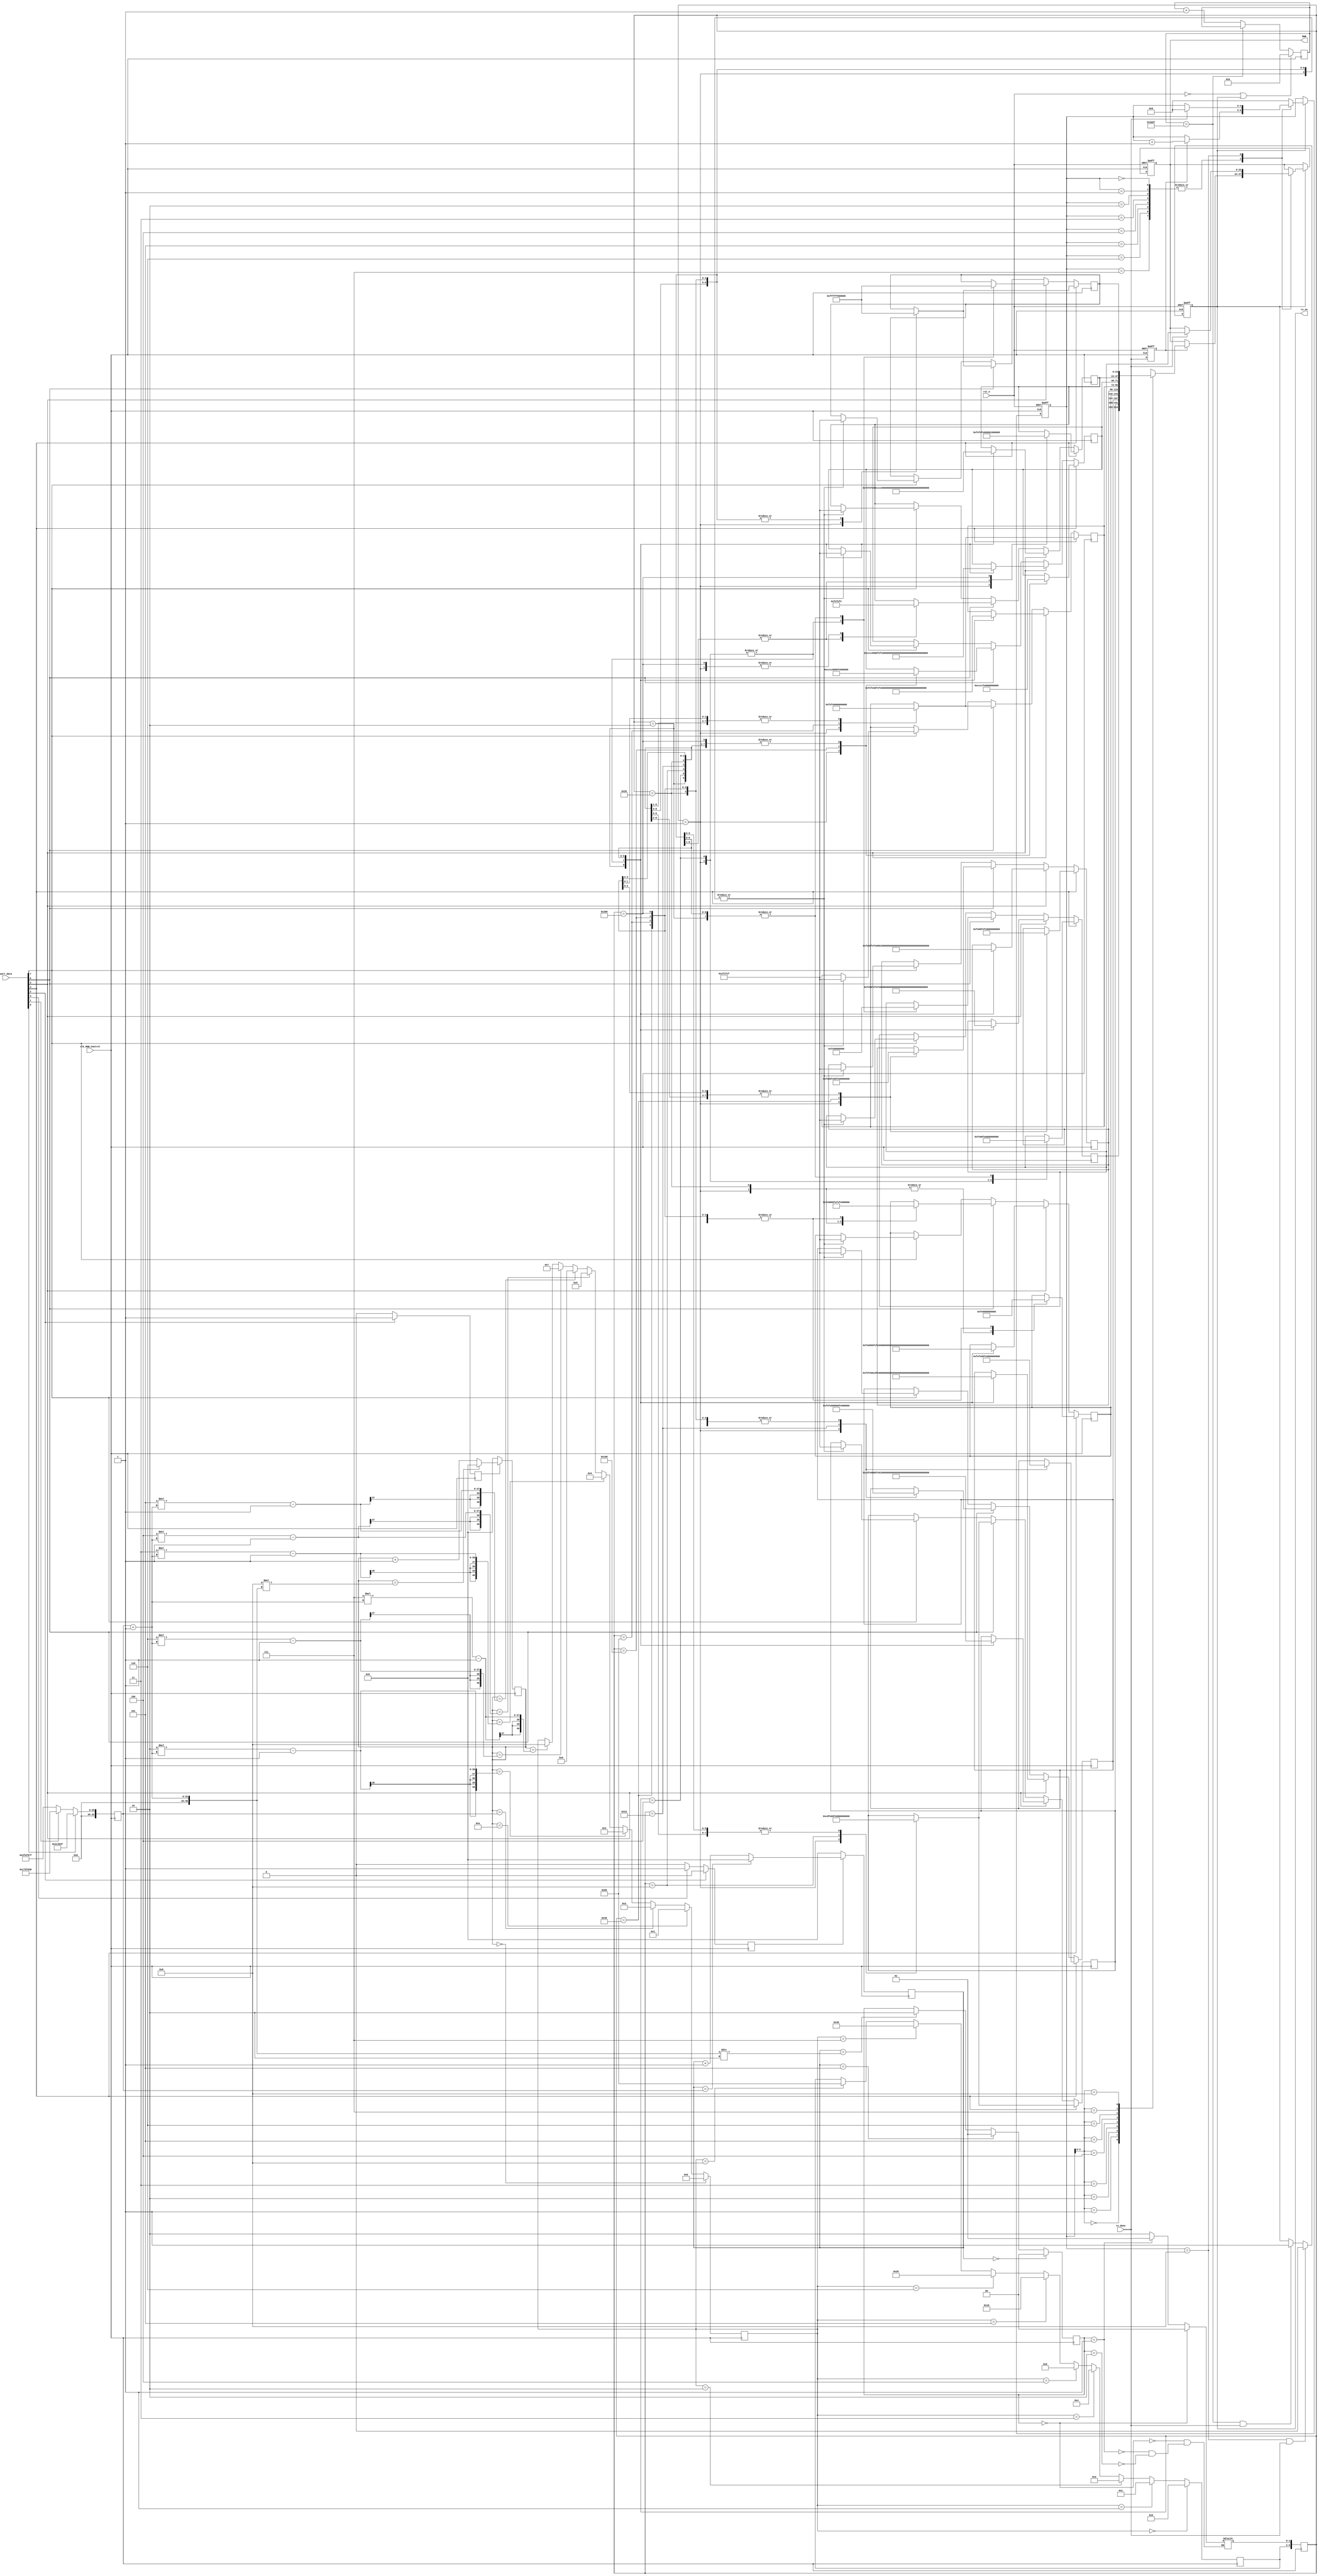
module moduleRGB_Control(
	input	clk_RGB_Control,
	input	rst_n,
	input [7:0] uart_data,
	input	tx_done,		//(24bit)
	output	tx_en,			//
	output	reg	[23:0]	RGB
);

//-------------------------//
reg	[31:0]	cnt;
reg 	[4:0]	k;				
reg 	tx_en_r;                   // tx_en_r
reg   [23:0]	RGB_reg	[8:0] ;  //RGB
//--------------------------------//
//24bit
//
//RZ_Codetx_done
reg 	tx_done_r0;                
always @(posedge clk_RGB_Control or negedge rst_n) begin
	if(!rst_n)	begin
		tx_done_r0 <= 0;
	end
	else	begin
		tx_done_r0 <= tx_done;
	end
end

//--------------------------------//
//
reg [1:0]   mode_1 ;
reg [7:0]   mode_2 ;
reg         flag_1;
reg         flag_2;
reg [1:0]   time_flag_1 ;
reg [3:0]   time_flag_2 ;
reg [40:0]  Count1 ;
reg [40:0]  Count2 ; 
reg [32:0]  t ;
reg [9:0]   mode ;
//------------------------------------//


//------------------------------------// t =  * 5_000_0000
always @(posedge clk_RGB_Control)  begin
    if (uart_data[0])   begin  
        t <= 33'd4999_999 ; //  T = 0.1S  
	end
	else if (uart_data[1])   begin
        t <= 33'd4999_999*5 ;  //  T = 3S
	end
	else  begin
        t = 33'd49999_999 ;   // T =1S	 
	end
end

//-------------------------------//


//----------------------//
always @(posedge clk_RGB_Control)  begin
    if (uart_data[2])   begin
	    flag_1 <= 0 ;
	    flag_2 <= 1 ;							 
	end
	else if (uart_data[3])   begin    
	    flag_1 <= 1 ;
	    flag_2 <= 0 ;
	end
	else  begin     
        flag_1 <= 0 ;	
	    flag_2 <= 0 ;
	end	
end


//-----------------------------------//
always @(posedge clk_RGB_Control) begin 
    if(flag_1) begin
        if(Count1 == t)      
           Count1 <= 0 ;
	    else 
           Count1 <= Count1 + 1 ; 
        end
    else
        Count1 <= 0 ;	
end

always @(posedge clk_RGB_Control) begin 
    if(flag_2) begin
		if(Count2 == 8 * (t+1))    
            Count2 <= 0 ;
		else 
            Count2 <= Count2 + 1 ;
		end	
	else                           
            Count2 <= 0 ;
end

//------------------------------------//
always @(posedge clk_RGB_Control) begin
     if(Count1 == 0)                         time_flag_1 <= 2'd0 ;
	  else if(Count1 == 5)                   time_flag_1 <= 2'd1 ;
	  else if(Count1 == (t+1)/2)             time_flag_1 <= 2'd2 ;
  
end

always @(posedge clk_RGB_Control) begin
     if     (Count2 == 0)                   time_flag_2 <= 16'd0 ;
  
	  else if(Count2 == 10)                  time_flag_2 <= 16'd1 ;
	  
	  else if(Count2 == t)                   time_flag_2 <= 16'd2 ;
	  
	  else if(Count2 == 2 * (t+1)-1)         time_flag_2 <= 16'd3 ; 
	  
     else if(Count2 == 3 * (t+1)-1)         time_flag_2 <= 16'd4 ; 
	  
	  else if(Count2 == 4 * (t+1)-1)         time_flag_2 <= 16'd5 ; 
	   
	  else if(Count2 == 5 * (t+1)-1)         time_flag_2 <= 16'd6 ;
	  
	  else if(Count2 == 6 * (t+1)-1)         time_flag_2 <= 16'd7 ; 
	  
	  else if(Count2 == 7 * (t+1)-1)         time_flag_2 <= 16'd8 ; 
  
end

//--------------------//
always @(*) begin
     if     (time_flag_1 == 2'd0)    mode_1 <= 2'b00 ;

	  else if(time_flag_1 == 2'd1)    mode_1 <= 2'b01 ;
	  
	  else if(time_flag_1 == 2'd2)    mode_1 <= 2'b10 ;
 
end



always @(posedge clk_RGB_Control) begin
     if     (time_flag_2 == 16'd0)   mode_2 <= 8'b00000000 ;
   
	  else if(time_flag_2 == 16'd1)   mode_2 <= 8'b00000001 ;
	  
	  else if(time_flag_2 == 16'd2)   mode_2 <= 8'b00000010 ; 
	  
	  else if(time_flag_2 == 16'd3)   mode_2 <= 8'b00000100 ; 
	  
     else if(time_flag_2 == 16'd4)   mode_2 <= 8'b00001000 ; 
	  
	  else if(time_flag_2 == 16'd5)   mode_2 <= 8'b00010000 ; 
	  
	  else if(time_flag_2 == 16'd6)   mode_2 <= 8'b00100000 ;  
	  
	  else if(time_flag_2 == 16'd7)   mode_2 <= 8'b01000000 ; 
	  
	  else if(time_flag_2 == 16'd8)   mode_2 <= 8'b10000000 ; 
  
end

always @(posedge clk_RGB_Control) begin
    mode <= {mode_2, mode_1} ;
	if(uart_data[4])begin
//1. +
// count1RGB_reg
    case(mode)    
	   10'b0000000001 :  begin
	   RGB_reg	[0]	<= 24'b00000000_11111110_00000000; // 
		RGB_reg	[1]	<= 24'b11001101_11111110_00000000; // 
		RGB_reg	[2]	<= 24'b11111110_11111110_00000000; // 
		RGB_reg	[3]	<= 24'b11111110_00000000_00000000; // 
		RGB_reg	[4]	<= 24'b11111110_00000000_11111110; // 
		RGB_reg	[5]	<= 24'b00000000_00000000_11111110; // 
		RGB_reg	[6]	<= 24'b00000000_11001100_11001100; // 
		RGB_reg	[7]	<= 24'b11111110_11111110_11111110; // 
		RGB_reg	[8]	<= 24'b11111111_11111111_11111111;
		end

      10'b0000000010 :  begin
	  	RGB_reg	[0]	<= 24'b00000000_00000000_00000000; 
		RGB_reg	[1]	<= 24'b00000000_00000000_00000000; 
		RGB_reg	[2]	<= 24'b00000000_00000000_00000000; 
		RGB_reg	[3]	<= 24'b00000000_00000000_00000000; 
		RGB_reg	[4]	<= 24'b00000000_00000000_00000000; 
		RGB_reg	[5]	<= 24'b00000000_00000000_00000000; 
		RGB_reg	[6]	<= 24'b00000000_00000000_00000000; 
		RGB_reg	[7]	<= 24'b00000000_00000000_00000000; 
		RGB_reg	[8]	<= 24'b00000000_00000000_00000000;
		end
		
		// 
		10'b0000000100 :  begin
	  	RGB_reg	[0]	<= 24'b11111110_00000000_00000000; 
		RGB_reg	[1]	<= 24'b00000000_00000000_00000000; 
		RGB_reg	[2]	<= 24'b00000000_00000000_00000000; 
		RGB_reg	[3]	<= 24'b00000000_00000000_00000000; 
		RGB_reg	[4]	<= 24'b00000000_00000000_00000000; 
		RGB_reg	[5]	<= 24'b00000000_00000000_00000000; 
		RGB_reg	[6]	<= 24'b00000000_00000000_00000000; 
		RGB_reg	[7]	<= 24'b00000000_00000000_00000000; 
		RGB_reg	[8]	<= 24'b00000000_00000000_00000000;
		end
		
		10'b0000001000 :  begin
	  	RGB_reg	[0]	<= 24'b00000000_00000000_00000000; 
		RGB_reg	[1]	<= 24'b11111110_00000000_00000000; 
		RGB_reg	[2]	<= 24'b00000000_00000000_00000000; 
		RGB_reg	[3]	<= 24'b00000000_00000000_00000000; 
		RGB_reg	[4]	<= 24'b00000000_00000000_00000000; 
		RGB_reg	[5]	<= 24'b00000000_00000000_00000000; 
		RGB_reg	[6]	<= 24'b00000000_00000000_00000000; 
		RGB_reg	[7]	<= 24'b00000000_00000000_00000000; 
		RGB_reg	[8]	<= 24'b00000000_00000000_00000000;
		end
		
		10'b0000010000 :  begin
	  	RGB_reg	[0]	<= 24'b00000000_00000000_00000000; 
		RGB_reg	[1]	<= 24'b00000000_00000000_00000000; 
		RGB_reg	[2]	<= 24'b11111110_00000000_00000000; 
		RGB_reg	[3]	<= 24'b00000000_00000000_00000000; 
		RGB_reg	[4]	<= 24'b00000000_00000000_00000000; 
		RGB_reg	[5]	<= 24'b00000000_00000000_00000000; 
		RGB_reg	[6]	<= 24'b00000000_00000000_00000000; 
		RGB_reg	[7]	<= 24'b00000000_00000000_00000000; 
		RGB_reg	[8]	<= 24'b00000000_00000000_00000000;
		end
		
		10'b0000100000 :  begin
	  	RGB_reg	[0]	<= 24'b00000000_00000000_00000000; 
		RGB_reg	[1]	<= 24'b00000000_00000000_00000000; 
		RGB_reg	[2]	<= 24'b00000000_00000000_00000000; 
		RGB_reg	[3]	<= 24'b11111110_00000000_00000000; 
		RGB_reg	[4]	<= 24'b00000000_00000000_00000000; 
		RGB_reg	[5]	<= 24'b00000000_00000000_00000000; 
		RGB_reg	[6]	<= 24'b00000000_00000000_00000000; 
		RGB_reg	[7]	<= 24'b00000000_00000000_00000000; 
		RGB_reg	[8]	<= 24'b00000000_00000000_00000000;
		end
		
		10'b0001000000 :  begin
	  	RGB_reg	[0]	<= 24'b00000000_00000000_00000000; 
		RGB_reg	[1]	<= 24'b00000000_00000000_00000000; 
		RGB_reg	[2]	<= 24'b00000000_00000000_00000000; 
		RGB_reg	[3]	<= 24'b00000000_00000000_00000000; 
		RGB_reg	[4]	<= 24'b11111110_00000000_00000000; 
		RGB_reg	[5]	<= 24'b00000000_00000000_00000000; 
		RGB_reg	[6]	<= 24'b00000000_00000000_00000000; 
		RGB_reg	[7]	<= 24'b00000000_00000000_00000000; 
		RGB_reg	[8]	<= 24'b00000000_00000000_00000000;
		end
		
		10'b0010000000 :  begin
	  	RGB_reg	[0]	<= 24'b00000000_00000000_00000000; 
		RGB_reg	[1]	<= 24'b00000000_00000000_00000000; 
		RGB_reg	[2]	<= 24'b00000000_00000000_00000000; 
		RGB_reg	[3]	<= 24'b00000000_00000000_00000000; 
		RGB_reg	[4]	<= 24'b00000000_00000000_00000000; 
		RGB_reg	[5]	<= 24'b11111110_00000000_00000000; 
		RGB_reg	[6]	<= 24'b00000000_00000000_00000000; 
		RGB_reg	[7]	<= 24'b00000000_00000000_00000000; 
		RGB_reg	[8]	<= 24'b00000000_00000000_00000000;
		end
		
		10'b0100000000 :  begin
	  	RGB_reg	[0]	<= 24'b00000000_00000000_00000000; 
		RGB_reg	[1]	<= 24'b00000000_00000000_00000000; 
		RGB_reg	[2]	<= 24'b00000000_00000000_00000000; 
		RGB_reg	[3]	<= 24'b00000000_00000000_00000000; 
		RGB_reg	[4]	<= 24'b00000000_00000000_00000000; 
		RGB_reg	[5]	<= 24'b00000000_00000000_00000000; 
		RGB_reg	[6]	<= 24'b11111110_00000000_00000000; 
		RGB_reg	[7]	<= 24'b00000000_00000000_00000000; 
		RGB_reg	[8]	<= 24'b00000000_00000000_00000000;
		end
		
		10'b1000000000 :  begin
	  	RGB_reg	[0]	<= 24'b00000000_00000000_00000000; 
		RGB_reg	[1]	<= 24'b00000000_00000000_00000000; 
		RGB_reg	[2]	<= 24'b00000000_00000000_00000000; 
		RGB_reg	[3]	<= 24'b00000000_00000000_00000000; 
		RGB_reg	[4]	<= 24'b00000000_00000000_00000000; 
		RGB_reg	[5]	<= 24'b00000000_00000000_00000000; 
		RGB_reg	[6]	<= 24'b00000000_00000000_00000000; 
		RGB_reg	[7]	<= 24'b11111110_00000000_00000000; 
		RGB_reg	[8]	<= 24'b00000000_00000000_00000000; // 
		end
		endcase
	end
	else if(uart_data[5]) begin  
//2. + 
	case(mode)    
	   10'b0000000001 :  begin
	   RGB_reg	[0]	<= 24'b00000000_11111110_00000000; // 
		RGB_reg	[1]	<= 24'b11001101_11111110_00000000; // 
		RGB_reg	[2]	<= 24'b11111110_11111110_00000000; // 
		RGB_reg	[3]	<= 24'b11111110_00000000_00000000; // 
		RGB_reg	[4]	<= 24'b11111110_00000000_11111110; // 
		RGB_reg	[5]	<= 24'b00000000_00000000_11111110; // 
		RGB_reg	[6]	<= 24'b00000000_11001100_11001100; // 
		RGB_reg	[7]	<= 24'b11111110_11111110_11111110; // 
		RGB_reg	[8]	<= 24'b11111111_11111111_11111111;
		end

      10'b0000000010 :  begin
	  	RGB_reg	[0]	<= 24'b00000000_00000000_00000000; 
		RGB_reg	[1]	<= 24'b00000000_00000000_00000000; 
		RGB_reg	[2]	<= 24'b00000000_00000000_00000000; 
		RGB_reg	[3]	<= 24'b00000000_00000000_00000000; 
		RGB_reg	[4]	<= 24'b00000000_00000000_00000000; 
		RGB_reg	[5]	<= 24'b00000000_00000000_00000000; 
		RGB_reg	[6]	<= 24'b00000000_00000000_00000000; 
		RGB_reg	[7]	<= 24'b00000000_00000000_00000000; 
		RGB_reg	[8]	<= 24'b00000000_00000000_00000000;
		end

      //
		10'b0000000100 :  begin
	   RGB_reg	[0]	<= 24'b00000000_11111110_00000000; // 
		RGB_reg	[1]	<= 24'b11001101_11111110_00000000; // 
		RGB_reg	[2]	<= 24'b11111110_11111110_00000000; // 
		RGB_reg	[3]	<= 24'b11111110_00000000_00000000; // 
		RGB_reg	[4]	<= 24'b11111110_00000000_11111110; // 
		RGB_reg	[5]	<= 24'b00000000_00000000_11111110; // 
		RGB_reg	[6]	<= 24'b00000000_11001100_11001100; // 
		RGB_reg	[7]	<= 24'b11111110_11111110_11111110; // 
		RGB_reg	[8]	<= 24'b11111111_11111111_11111111;
		end
		
		10'b0000001000 :  begin
	  	RGB_reg	[0]	<= 24'b11111110_11111110_11111110; // 
		RGB_reg	[1]	<= 24'b00000000_11111110_00000000; //  
		RGB_reg	[2]	<= 24'b11001101_11111110_00000000; // 
		RGB_reg	[3]	<= 24'b11111110_11111110_00000000; // 
		RGB_reg	[4]	<= 24'b11111110_00000000_00000000; // 
		RGB_reg	[5]	<= 24'b11111110_00000000_11111110; // 
		RGB_reg	[6]	<= 24'b00000000_00000000_11111110; //  
		RGB_reg	[7]	<= 24'b00000000_11001100_11001100; // 
		RGB_reg	[8]	<= 24'b00000000_00000000_00000000;
		end
		
		10'b0000010000 :  begin
	  	RGB_reg	[0]	<= 24'b00000000_11001100_11001100; // 
		RGB_reg	[1]	<= 24'b11111110_11111110_11111110; // 
		RGB_reg	[2]	<= 24'b00000000_11111110_00000000; // 
		RGB_reg	[3]	<= 24'b11001101_11111110_00000000; // 
		RGB_reg	[4]	<= 24'b11111110_11111110_00000000; // 
		RGB_reg	[5]	<= 24'b11111110_00000000_00000000; // 
		RGB_reg	[6]	<= 24'b11111110_00000000_11111110; // 
		RGB_reg	[7]	<= 24'b00000000_00000000_11111110; // 
		RGB_reg	[8]	<= 24'b00000000_00000000_00000000;
		end
		
		10'b0000100000 :  begin
	  	RGB_reg	[0]	<= 24'b00000000_00000000_11111110; // 
		RGB_reg	[1]	<= 24'b00000000_11001100_11001100; // 
		RGB_reg	[2]	<= 24'b11111110_11111110_11111110; // 
		RGB_reg	[3]	<= 24'b00000000_11111110_00000000; // 
		RGB_reg	[4]	<= 24'b11001101_11111110_00000000; // 
		RGB_reg	[5]	<= 24'b11111110_11111110_00000000; // 
		RGB_reg	[6]	<= 24'b11111110_00000000_00000000; // 
		RGB_reg	[7]	<= 24'b11111110_00000000_11111110; // 
		RGB_reg	[8]	<= 24'b00000000_00000000_00000000;
		end
		
		10'b0001000000 :  begin
	  	RGB_reg	[0]	<= 24'b11111110_00000000_11111110; // 
		RGB_reg	[1]	<= 24'b00000000_00000000_11111110; // 
		RGB_reg	[2]	<= 24'b00000000_11001100_11001100; // 
		RGB_reg	[3]	<= 24'b11111110_11111110_11111110; // 
		RGB_reg	[4]	<= 24'b00000000_11111110_00000000; // 
		RGB_reg	[5]	<= 24'b11001101_11111110_00000000; // 
		RGB_reg	[6]	<= 24'b11111110_11111110_00000000; // 
		RGB_reg	[7]	<= 24'b11111110_00000000_00000000; // 
		RGB_reg	[8]	<= 24'b00000000_00000000_00000000;
		end
		
		10'b0010000000 :  begin
	  	RGB_reg	[0]	<= 24'b11111110_00000000_00000000; // 
		RGB_reg	[1]	<= 24'b11111110_00000000_11111110; // 
		RGB_reg	[2]	<= 24'b00000000_00000000_11111110; // 
		RGB_reg	[3]	<= 24'b00000000_11001100_11001100; // 
		RGB_reg	[4]	<= 24'b11111110_11111110_11111110; // 
		RGB_reg	[5]	<= 24'b00000000_11111110_00000000; // 
		RGB_reg	[6]	<= 24'b11001101_11111110_00000000; // 
		RGB_reg	[7]	<= 24'b11111110_11111110_00000000; // 
		RGB_reg	[8]	<= 24'b00000000_00000000_00000000;
		end
		
		10'b0100000000 :  begin
	  	RGB_reg	[0]	<= 24'b11111110_11111110_00000000; // 
		RGB_reg	[1]	<= 24'b11111110_00000000_00000000; // 
		RGB_reg	[2]	<= 24'b11111110_00000000_11111110; // 
		RGB_reg	[3]	<= 24'b00000000_00000000_11111110; // 
		RGB_reg	[4]	<= 24'b00000000_11001100_11001100; // 
		RGB_reg	[5]	<= 24'b11111110_11111110_11111110; // 
		RGB_reg	[6]	<= 24'b00000000_11111110_00000000; // 
		RGB_reg	[7]	<= 24'b11001101_11111110_00000000; // 
		RGB_reg	[8]	<= 24'b00000000_00000000_00000000;
		end
		
		10'b1000000000 :  begin
	  	RGB_reg	[0]	<= 24'b11001101_11111110_00000000; // 
		RGB_reg	[1]	<= 24'b11111110_11111110_00000000; // 
		RGB_reg	[2]	<= 24'b11111110_00000000_00000000; // 
		RGB_reg	[3]	<= 24'b11111110_00000000_11111110; // 
		RGB_reg	[4]	<= 24'b00000000_00000000_11111110; // 
		RGB_reg	[5]	<= 24'b00000000_11001100_11001100; // 
		RGB_reg	[6]	<= 24'b11111110_11111110_11111110; // 
		RGB_reg	[7]	<= 24'b00000000_11111110_00000000; // 
		RGB_reg	[8]	<= 24'b00000000_00000000_00000000;
		end
		endcase
	end
	else if(uart_data[6]) begin   
//3. +
	case(mode)    
	   10'b0000000001 :  begin
	   RGB_reg	[0]	<= 24'b00000000_11111110_00000000; // 
		RGB_reg	[1]	<= 24'b11001101_11111110_00000000; // 
		RGB_reg	[2]	<= 24'b11111110_11111110_00000000; // 
		RGB_reg	[3]	<= 24'b11111110_00000000_00000000; // 
		RGB_reg	[4]	<= 24'b11111110_00000000_11111110; // 
		RGB_reg	[5]	<= 24'b00000000_00000000_11111110; // 
		RGB_reg	[6]	<= 24'b00000000_11001100_11001100; // 
		RGB_reg	[7]	<= 24'b11111110_11111110_11111110; // 
		RGB_reg	[8]	<= 24'b11111111_11111111_11111111;
		end

      10'b0000000010 :  begin
	  	RGB_reg	[0]	<= 24'b00000000_00000000_00000000; 
		RGB_reg	[1]	<= 24'b00000000_00000000_00000000; 
		RGB_reg	[2]	<= 24'b00000000_00000000_00000000; 
		RGB_reg	[3]	<= 24'b00000000_00000000_00000000; 
		RGB_reg	[4]	<= 24'b00000000_00000000_00000000; 
		RGB_reg	[5]	<= 24'b00000000_00000000_00000000; 
		RGB_reg	[6]	<= 24'b00000000_00000000_00000000; 
		RGB_reg	[7]	<= 24'b00000000_00000000_00000000; 
		RGB_reg	[8]	<= 24'b00000000_00000000_00000000;
		end

      //
		10'b0000000100 :  begin
	  	RGB_reg	[0]	<= 24'b00000000_11111110_00000000; 
		RGB_reg	[1]	<= 24'b00000000_00000000_00000000; 
		RGB_reg	[2]	<= 24'b00000000_00000000_00000000; 
		RGB_reg	[3]	<= 24'b00000000_00000000_00000000; 
		RGB_reg	[4]	<= 24'b00000000_00000000_00000000; 
		RGB_reg	[5]	<= 24'b00000000_00000000_00000000; 
		RGB_reg	[6]	<= 24'b00000000_00000000_00000000; 
		RGB_reg	[7]	<= 24'b00000000_00000000_00000000; 
		RGB_reg	[8]	<= 24'b00000000_00000000_00000000;
		end
		
		10'b0000001000 :  begin
	  	RGB_reg	[0]	<= 24'b00000000_00000000_00000000; 
		RGB_reg	[1]	<= 24'b11111110_00000000_00000000;  
		RGB_reg	[2]	<= 24'b00000000_00000000_00000000; 
		RGB_reg	[3]	<= 24'b00000000_00000000_00000000; 
		RGB_reg	[4]	<= 24'b00000000_00000000_00000000; 
		RGB_reg	[5]	<= 24'b00000000_00000000_00000000; 
		RGB_reg	[6]	<= 24'b00000000_00000000_00000000; 
		RGB_reg	[7]	<= 24'b00000000_00000000_00000000; 
		RGB_reg	[8]	<= 24'b00000000_00000000_00000000;
		end
		
		10'b0000010000 :  begin
	  	RGB_reg	[0]	<= 24'b00000000_00000000_00000000; 
		RGB_reg	[1]	<= 24'b00000000_00000000_00000000; 
		RGB_reg	[2]	<= 24'b00000000_00000000_11111110;  
		RGB_reg	[3]	<= 24'b00000000_00000000_00000000; 
		RGB_reg	[4]	<= 24'b00000000_00000000_00000000; 
		RGB_reg	[5]	<= 24'b00000000_00000000_00000000; 
		RGB_reg	[6]	<= 24'b00000000_00000000_00000000; 
		RGB_reg	[7]	<= 24'b00000000_00000000_00000000; 
		RGB_reg	[8]	<= 24'b00000000_00000000_00000000;
		end
		
		10'b0000100000 :  begin
	  	RGB_reg	[0]	<= 24'b00000000_00000000_00000000; 
		RGB_reg	[1]	<= 24'b00000000_00000000_00000000; 
		RGB_reg	[2]	<= 24'b00000000_00000000_00000000; 
		RGB_reg	[3]	<= 24'b11111110_11111110_11111110;  
		RGB_reg	[4]	<= 24'b00000000_00000000_00000000; 
		RGB_reg	[5]	<= 24'b00000000_00000000_00000000; 
		RGB_reg	[6]	<= 24'b00000000_00000000_00000000; 
		RGB_reg	[7]	<= 24'b00000000_00000000_00000000; 
		RGB_reg	[8]	<= 24'b00000000_00000000_00000000;
		end
		
		10'b0001000000 :  begin
	  	RGB_reg	[0]	<= 24'b00000000_00000000_00000000; 
		RGB_reg	[1]	<= 24'b00000000_00000000_00000000; 
		RGB_reg	[2]	<= 24'b00000000_00000000_00000000; 
		RGB_reg	[3]	<= 24'b00000000_00000000_00000000; 
		RGB_reg	[4]	<= 24'b00000000_11111110_00000000; 
		RGB_reg	[5]	<= 24'b00000000_00000000_00000000; 
		RGB_reg	[6]	<= 24'b00000000_00000000_00000000; 
		RGB_reg	[7]	<= 24'b00000000_00000000_00000000; 
		RGB_reg	[8]	<= 24'b00000000_00000000_00000000;
		end
		
		10'b0010000000 :  begin
	  	RGB_reg	[0]	<= 24'b00000000_00000000_00000000; 
		RGB_reg	[1]	<= 24'b00000000_00000000_00000000;  
		RGB_reg	[2]	<= 24'b00000000_00000000_00000000; 
		RGB_reg	[3]	<= 24'b00000000_00000000_00000000; 
		RGB_reg	[4]	<= 24'b00000000_00000000_00000000; 
		RGB_reg	[5]	<= 24'b11111110_00000000_00000000; 
		RGB_reg	[6]	<= 24'b00000000_00000000_00000000; 
		RGB_reg	[7]	<= 24'b00000000_00000000_00000000; 
		RGB_reg	[8]	<= 24'b00000000_00000000_00000000;
		end
		
		10'b0100000000 :  begin
	  	RGB_reg	[0]	<= 24'b00000000_00000000_00000000; 
		RGB_reg	[1]	<= 24'b00000000_00000000_00000000; 
		RGB_reg	[2]	<= 24'b00000000_00000000_00000000;  
		RGB_reg	[3]	<= 24'b00000000_00000000_00000000; 
		RGB_reg	[4]	<= 24'b00000000_00000000_00000000; 
		RGB_reg	[5]	<= 24'b00000000_00000000_00000000; 
		RGB_reg	[6]	<= 24'b00000000_00000000_11111110; 
		RGB_reg	[7]	<= 24'b00000000_00000000_00000000; 
		RGB_reg	[8]	<= 24'b00000000_00000000_00000000;
		end
		
		10'b1000000000 :  begin
	  	RGB_reg	[0]	<= 24'b00000000_00000000_00000000; 
		RGB_reg	[1]	<= 24'b00000000_00000000_00000000; 
		RGB_reg	[2]	<= 24'b00000000_00000000_00000000; 
		RGB_reg	[3]	<= 24'b00000000_00000000_00000000;  
		RGB_reg	[4]	<= 24'b00000000_00000000_00000000; 
		RGB_reg	[5]	<= 24'b00000000_00000000_00000000; 
		RGB_reg	[6]	<= 24'b00000000_00000000_00000000; 
		RGB_reg	[7]	<= 24'b11111110_11111110_11111110; 
		RGB_reg	[8]	<= 24'b00000000_00000000_00000000;
		end
		endcase
	end
	else if(uart_data[7]) begin   
//4. 
	case(mode)    
	   10'b0000000001 :  begin
	   RGB_reg	[0]	<= 24'b00011111_00011111_00011111; // 
		RGB_reg	[1]	<= 24'b00011111_00011111_00011111; // 
		RGB_reg	[2]	<= 24'b00011111_00011111_00011111; // 
		RGB_reg	[3]	<= 24'b00011111_00011111_00011111; // 
		RGB_reg	[4]	<= 24'b00011111_00011111_00011111; // 
		RGB_reg	[5]	<= 24'b00011111_00011111_00011111; // 
		RGB_reg	[6]	<= 24'b00011111_00011111_00011111; // 
		RGB_reg	[7]	<= 24'b00011111_00011111_00011111; // 
		RGB_reg	[8]	<= 24'b00011111_00011111_00011111;
		end

      10'b0000000010 :  begin
	  	RGB_reg	[0]	<= 24'b00011111_00011111_00011111; 
		RGB_reg	[1]	<= 24'b00011111_00011111_00011111; 
		RGB_reg	[2]	<= 24'b00011111_00011111_00011111; 
		RGB_reg	[3]	<= 24'b00011111_00011111_00011111; 
		RGB_reg	[4]	<= 24'b00011111_00011111_00011111; 
		RGB_reg	[5]	<= 24'b00011111_00011111_00011111; 
		RGB_reg	[6]	<= 24'b00011111_00011111_00011111; 
		RGB_reg	[7]	<= 24'b00011111_00011111_00011111; 
		RGB_reg	[8]	<= 24'b00011111_00011111_00011111;
		end

      //
		10'b0000000100 :  begin
	  	RGB_reg	[0]	<= 24'b00011111_00011111_00011111; 
		RGB_reg	[1]	<= 24'b00011111_00011111_00011111; 
		RGB_reg	[2]	<= 24'b00011111_00011111_00011111; 
		RGB_reg	[3]	<= 24'b00011111_00011111_00011111; 
		RGB_reg	[4]	<= 24'b00011111_00011111_00011111; 
		RGB_reg	[5]	<= 24'b00011111_00011111_00011111; 
		RGB_reg	[6]	<= 24'b00011111_00011111_00011111; 
		RGB_reg	[7]	<= 24'b00011111_00011111_00011111; 
		RGB_reg	[8]	<= 24'b00011111_00011111_00011111;
		end
		
		10'b0000001000 :  begin
	  	RGB_reg	[0]	<= 24'b00011111_00011111_00011111; 
		RGB_reg	[1]	<= 24'b00011111_00011111_00011111;  
		RGB_reg	[2]	<= 24'b00011111_00011111_00011111; 
		RGB_reg	[3]	<= 24'b00011111_00011111_00011111; 
		RGB_reg	[4]	<= 24'b00011111_00011111_00011111; 
		RGB_reg	[5]	<= 24'b00011111_00011111_00011111; 
		RGB_reg	[6]	<= 24'b00011111_00011111_00011111; 
		RGB_reg	[7]	<= 24'b00011111_00011111_00011111; 
		RGB_reg	[8]	<= 24'b00011111_00011111_00011111;
		end
		
		10'b0000010000 :  begin
	  	RGB_reg	[0]	<= 24'b00011111_00011111_00011111; 
		RGB_reg	[1]	<= 24'b00011111_00011111_00011111; 
		RGB_reg	[2]	<= 24'b00011111_00011111_00011111;  
		RGB_reg	[3]	<= 24'b00011111_00011111_00011111; 
		RGB_reg	[4]	<= 24'b00011111_00011111_00011111; 
		RGB_reg	[5]	<= 24'b00011111_00011111_00011111; 
		RGB_reg	[6]	<= 24'b00011111_00011111_00011111; 
		RGB_reg	[7]	<= 24'b00011111_00011111_00011111; 
		RGB_reg	[8]	<= 24'b00011111_00011111_00011111;
		end
		
		10'b0000100000 :  begin
	  	RGB_reg	[0]	<= 24'b00011111_00011111_00011111; 
		RGB_reg	[1]	<= 24'b00011111_00011111_00011111; 
		RGB_reg	[2]	<= 24'b00011111_00011111_00011111; 
		RGB_reg	[3]	<= 24'b00011111_00011111_00011111;  
		RGB_reg	[4]	<= 24'b00011111_00011111_00011111; 
		RGB_reg	[5]	<= 24'b00011111_00011111_00011111; 
		RGB_reg	[6]	<= 24'b00011111_00011111_00011111; 
		RGB_reg	[7]	<= 24'b00011111_00011111_00011111; 
		RGB_reg	[8]	<= 24'b00011111_00011111_00011111;
		end
		
		10'b0001000000 :  begin
	  	RGB_reg	[0]	<= 24'b00011111_00011111_00011111; 
		RGB_reg	[1]	<= 24'b00011111_00011111_00011111; 
		RGB_reg	[2]	<= 24'b00011111_00011111_00011111; 
		RGB_reg	[3]	<= 24'b00011111_00011111_00011111; 
		RGB_reg	[4]	<= 24'b00011111_00011111_00011111; 
		RGB_reg	[5]	<= 24'b00011111_00011111_00011111; 
		RGB_reg	[6]	<= 24'b00011111_00011111_00011111; 
		RGB_reg	[7]	<= 24'b00011111_00011111_00011111; 
		RGB_reg	[8]	<= 24'b00011111_00011111_00011111;
		end
		
		10'b0010000000 :  begin
	  	RGB_reg	[0]	<= 24'b00011111_00011111_00011111; 
		RGB_reg	[1]	<= 24'b00011111_00011111_00011111;  
		RGB_reg	[2]	<= 24'b00011111_00011111_00011111; 
		RGB_reg	[3]	<= 24'b00011111_00011111_00011111; 
		RGB_reg	[4]	<= 24'b00011111_00011111_00011111; 
		RGB_reg	[5]	<= 24'b00011111_00011111_00011111; 
		RGB_reg	[6]	<= 24'b00011111_00011111_00011111; 
		RGB_reg	[7]	<= 24'b00011111_00011111_00011111; 
		RGB_reg	[8]	<= 24'b00011111_00011111_00011111;
		end
		
		10'b0100000000 :  begin
	  	RGB_reg	[0]	<= 24'b00011111_00011111_00011111; 
		RGB_reg	[1]	<= 24'b00011111_00011111_00011111; 
		RGB_reg	[2]	<= 24'b00011111_00011111_00011111;  
		RGB_reg	[3]	<= 24'b00011111_00011111_00011111; 
		RGB_reg	[4]	<= 24'b00011111_00011111_00011111; 
		RGB_reg	[5]	<= 24'b00011111_00011111_00011111; 
		RGB_reg	[6]	<= 24'b00011111_00011111_00011111; 
		RGB_reg	[7]	<= 24'b00011111_00011111_00011111; 
		RGB_reg	[8]	<= 24'b00011111_00011111_00011111;
		end
		
		10'b1000000000 :  begin
	  	RGB_reg	[0]	<= 24'b00011111_00011111_00011111; 
		RGB_reg	[1]	<= 24'b00011111_00011111_00011111; 
		RGB_reg	[2]	<= 24'b00011111_00011111_00011111; 
		RGB_reg	[3]	<= 24'b00011111_00011111_00011111;  
		RGB_reg	[4]	<= 24'b00011111_00011111_00011111; 
		RGB_reg	[5]	<= 24'b00011111_00011111_00011111; 
		RGB_reg	[6]	<= 24'b00011111_00011111_00011111; 
		RGB_reg	[7]	<= 24'b00011111_00011111_00011111; 
		RGB_reg	[8]	<= 24'b00011111_00011111_00011111;
		end
		endcase
	end
end

//===============================================//
//===================================================//

always @(posedge clk_RGB_Control or negedge rst_n) begin
	if(!rst_n)	begin
		k <= 0;
		RGB <= 0;
	end
	else if(tx_en_r)	begin    //tx_en_r
		case (k)
			5'd0,5'd1,5'd2,5'd3,5'd4,5'd5,5'd6,5'd7:
				if(tx_done_r0)	begin
					RGB <= RGB_reg[k];
					k <= k + 1;
				end
			5'd8:
				if(tx_done)	begin
					RGB <= RGB_reg[0];
					k <= 0;
				end
		  	default: k <= 0;
		endcase
	end
	else ;
end
//--------------------------------//

//--------------------------//
always @(posedge clk_RGB_Control) begin
	if((!rst_n) || (tx_en_r))	begin  //tx_en_r
		cnt <= 0;
	end
	else if(cnt == 32'd14999)	begin	//RESET(300us*50M=15000)
		cnt <= cnt;
	end
	else	begin
		cnt <= cnt + 1;
	end
end
//--------------------------------//

//--------------------------------//
always @(posedge clk_RGB_Control or negedge rst_n) begin   //tx_en_r 
	if(!rst_n)	begin
		tx_en_r <= 0;
	end
	else if((k == 5'd8) && (tx_done))	begin
		tx_en_r <= 0;			//RESTE
	end
	else if((cnt == 32'd14999) && tx_done)	begin
		tx_en_r <= 1;			//
	end
	else	begin
		tx_en_r <= tx_en_r;
	end
end

assign	tx_en = tx_en_r;
//--------------------------------//
endmodule